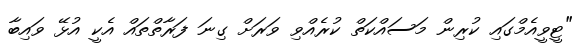
"ޓީވީއެމްގައި ކުރިން މަސައްކަތް ކުރެއްވި ވަރަށް ގިނަ ފަރާތްތައް އެކީ އުޅޭ ވައިބާ